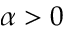
\alpha > 0